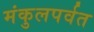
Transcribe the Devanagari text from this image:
मंकुलपर्वत